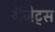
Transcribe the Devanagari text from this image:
गॅजेट्स